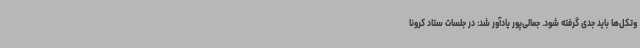
وتکل‌ها باید جدی گرفته شود. جمالی‌پور یادآور شد: در جلسات ستاد کرونا